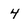
Character: 4